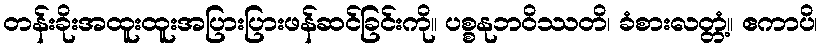
တန်းခိုးအထူးထူးအပြားပြားဖန်ဆင်ခြင်းကို။ ပစ္စနုဘဝိဿတိ၊ ခံစားလတ္တံ့။ ဧကာပိ၊